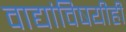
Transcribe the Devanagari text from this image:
वाद्यांविषयीही